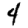
Digit: 4